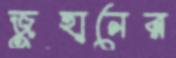
জুহানের